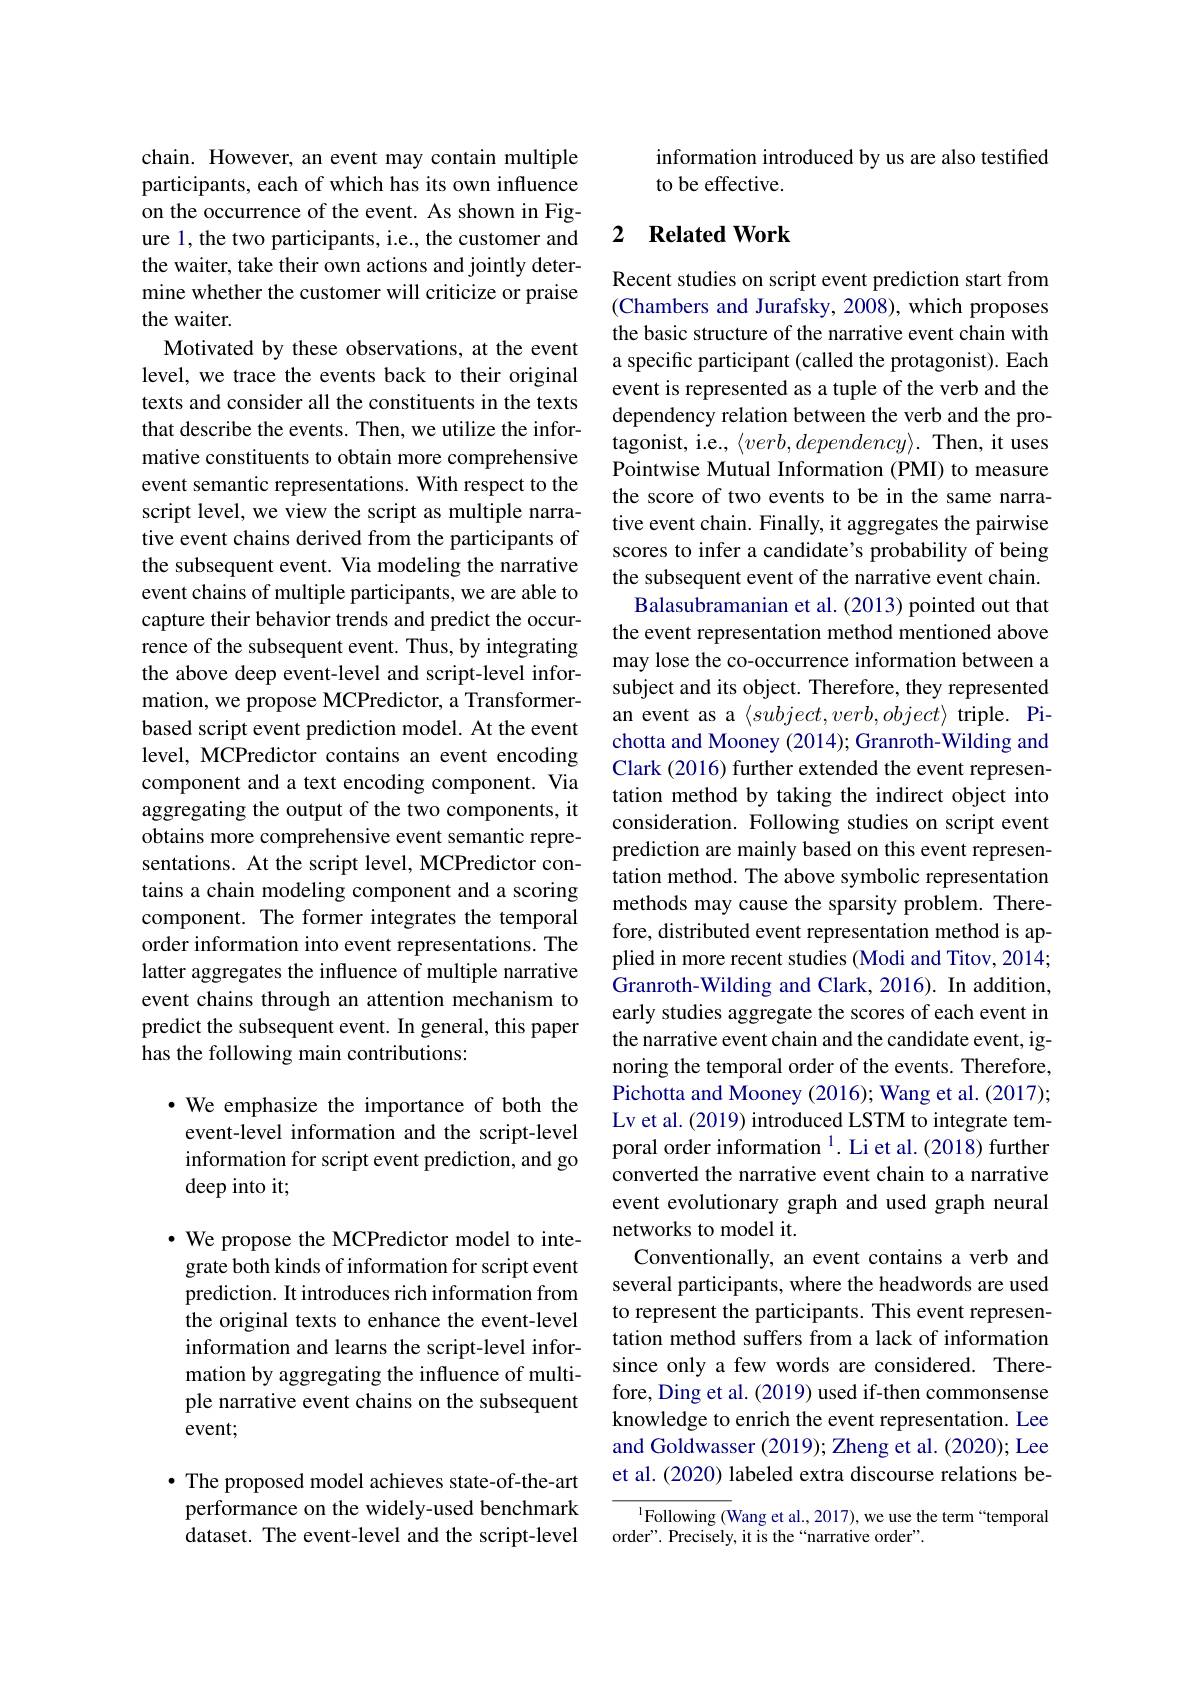
chain. However, an event may contain multiple participants, each of which has its own influence on the occurrence of the event. As shown in Figure 1, the two participants, i.e., the customer and the waiter, take their own actions and jointly determine whether the customer will criticize or praise the waiter.
Motivated by these observations, at the event level, we trace the events back to their original texts and consider all the constituents in the texts that describe the events. Then, we utilize the informative constituents to obtain more comprehensive event semantic representations. With respect to the script level, we view the script as multiple narrative event chains derived from the participants of the subsequent event. Via modeling the narrative event chains of multiple participants, we are able to capture their behavior trends and predict the occurrence of the subsequent event. Thus, by integrating the above deep event-level and script-level information, we propose MCPredictor, a Transformerbased script event prediction model. At the event level, MCPredictor contains an event encoding component and a text encoding component. Via aggregating the output of the two components, it obtains more comprehensive event semantic representations. At the script level, MCPredictor contains a chain modeling component and a scoring component. The former integrates the temporal order information into event representations. The latter aggregates the influence of multiple narrative event chains through an attention mechanism to predict the subsequent event. In general, this paper has the following main contributions:

$\cdot$ We emphasize the importance of both the event-level information and the script-level information for script event prediction, and go deep into it;

$\cdot$ We propose the MCPredictor model to integrate both kinds of information for script event prediction. It introduces rich information from the original texts to enhance the event-level information and learns the script-level information by aggregating the influence of multiple narrative event chains on the subsequent event;

$\bullet$ The proposed model achieves state-of-the-art performance on the widely-used benchmark dataset. The event-level and the script-level

information introduced by us are also testified
to be effective.

## 2 $\textbf{Related Work}$

Recent studies on script event prediction start from (Chambers and Jurafsky, 2008), which proposes the basic structure of the narrative event chain with a specific participant (called the protagonist). Each event is represented as a tuple of the verb and the dependency relation between the verb and the protagonist, i.e., $\langle verb,dependency\rangle.$ Then, it uses Pointwise Mutual Information (PMI) to measure the score of two events to be in the same narrative event chain. Finally, it aggregates the pairwise scores to infer a candidate's probability of being the subsequent event of the narrative event chain.
Balasubramanian et al.(2013) pointed out that the event representation method mentioned above may lose the co-occurrence information between a subject and its object. Therefore, they represented an event as a $\langle subject,verb,object\rangle$ triple. Pichotta and Mooney (2014); Granroth-Wilding and Clark (2016) further extended the event representation method by taking the indirect object into consideration. Following studies on script event prediction are mainly based on this event representation method. The above symbolic representation methods may cause the sparsity problem. Therefore, distributed event representation method is applied in more recent studies (Modi and Titov, 2014; Granroth-Wilding and Clark, 2016). In addition, early studies aggregate the scores of each event in the narrative event chain and the candidate event, ignoring the temporal order of the events. Therefore, Pichotta and Mooney (2016); Wang et al. (2017); Lv et al. (2019) introduced LSTM to integrate temporal order information $^{1}$. Li et al.(2018) further converted the narrative event chain to a narrative event evolutionary graph and used graph neural networks to model it.
Conventionally, an event contains a verb and several participants, where the headwords are used to represent the participants. This event representation method suffers from a lack of information since only a few words are considered. Therefore, Ding et al. (2019) used if-then commonsense knowledge to enrich the event representation. Lee and Goldwasser (2019); Zheng et al. (2020); Lee et al. (2020) labeled extra discourse relations be-
${^{1}}$Following (Wang et al., 2017), we use the term“temporal

order". Precisely, it is the“narrative order”.